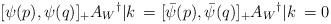
LaTeX: \begin{align*}[\psi(p),\psi(q)]_+ A_W{}^{\dag}|k\>= [{\bar \psi}(p),{\bar \psi}(q)]_+A_W{}^{\dag}|k\> = 0\end{align*}